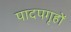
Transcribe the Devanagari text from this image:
पादपगृहों